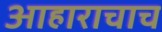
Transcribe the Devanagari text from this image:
आहाराचाच